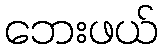
ဘေးဖယ်